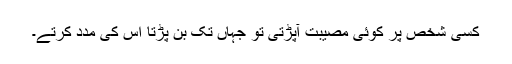
کسی شخص پر کوئی مصیبت آپڑتی تو جہاں تک بن پڑتا اس کی مدد کرتے۔